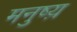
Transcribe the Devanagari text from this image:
मनुष्य़